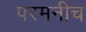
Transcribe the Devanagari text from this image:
परमनीच